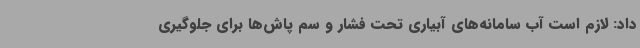
داد: لازم است آب سامانه‌های آبیاری تحت فشار و سم پاش‌ها برای جلوگیری